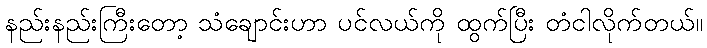
နည်းနည်းကြီးတော့ သံချောင်းဟာ ပင်လယ်ကို ထွက်ပြီး တံငါလိုက်တယ်။